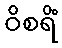
ဝိစရိံ